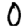
Digit: 0